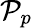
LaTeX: {\mathcal P_{p}}